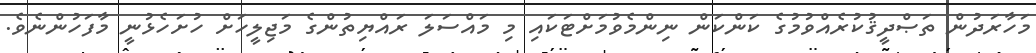
މަހާރަދުން ތަޞްދީޤުކުރެއްވުމުގެ ކަންކަން ނިންމެވުމަށްޓަކައި މި މައްސަލަ ރައްޔިތުންގެ މަޖިލީހަށް ހުށަހެޅުނީ މާފަހުންނެވެ.